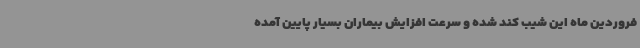
فروردین ماه این شیب کند شده و سرعت افزایش بیماران بسیار پایین آمده